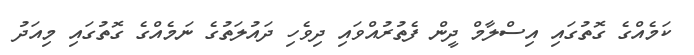
ކަމެއްގެ ގޮތުގައި އިސްލާމް ދީން ފެތުރުއްވައި ދިވެހި ދައުލަތުގެ ނަމެއްގެ ގޮތުގައި މިއަދު